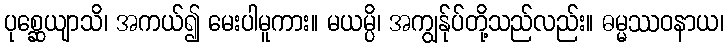
ပုစ္ဆေယျာသိ၊ အကယ်၍ မေးပါမူကား။ မယမ္ပိ၊ အကျွန်ုပ်တို့သည်လည်း။ ဓမ္မဿဝနာယ၊